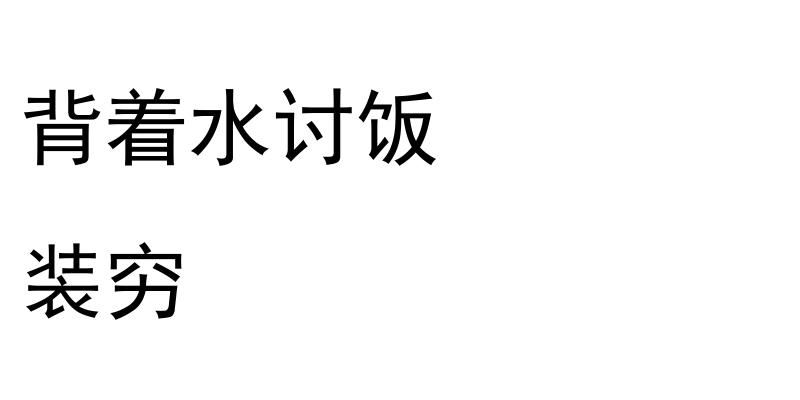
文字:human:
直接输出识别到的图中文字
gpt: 背着水讨饭 装穷